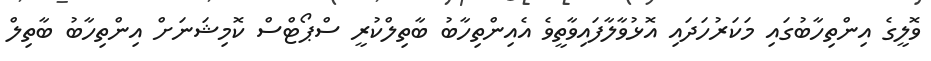
ވޮލީގެ އިންތިހާބުގައި މަކަރުހަދައި އޮޅުވާލާފައިވާތީވެ އެއިންތިހާބު ބާތިލްކުރީ ސްޕޯޓްސް ކޮމިޝަނަށް އިންތިހާބު ބާތިލް